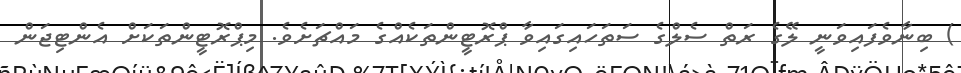
) ބިނާވެފައިވަނީ ލޭގެ ރަތް ސެލްގެ ސަތަހައިގައިވާ ޕްރޮޓީންތަކެއްގެ މައްޗަށެވެ. މިޕްރޮޓީންތަކަށް އެންޓިޖަން